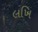
લખિ